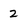
Character: 2